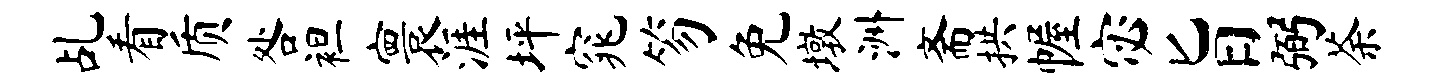
乩看质咎袒寰涯坪窕笏免墩洲斋拱幄宓旨弼荼